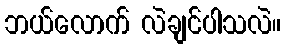
ဘယ်လောက် လဲချင်ပါသလဲ။